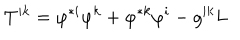
LaTeX: T ^ { i k } = \varphi ^ { \ast i } \varphi ^ { k } + \varphi ^ { \ast k } \varphi ^ { i } - g ^ { i k } L